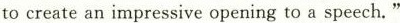
to create an impressive opening to a speech."